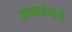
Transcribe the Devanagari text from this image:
डाकबंगले